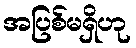
အပြစ်မရှိဟု